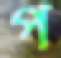
প